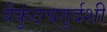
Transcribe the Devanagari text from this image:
वैकुंठचतुर्दशी